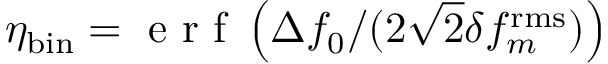
\eta _ { \mathrm { b i n } } = \mathrm { ~ e ~ r ~ f ~ } \left( \Delta f _ { 0 } / ( 2 \sqrt { 2 } \delta f _ { m } ^ { \mathrm { r m s } } ) \right)